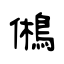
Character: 鵂